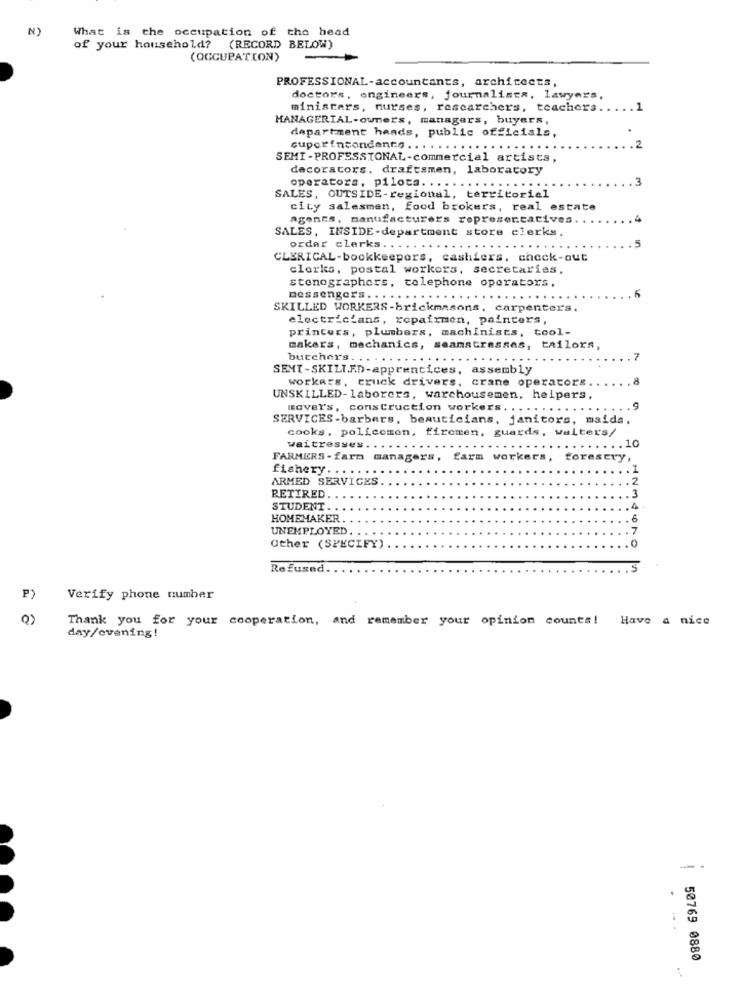
N)
What is the occupation of the head
of your household? (RECORD BELOW)
(OCCUPATION)
PROFESSIONAL-accountants, architects,
doctors, engineers, journalista, lawyers,
ministers, nurses, researchers, teachers
.1
MANAGERIAL-owners, managers, buyers,
department hands, public officials,
cuporincondents ...
.2
SEMI-PROFESSIONAL-commercial artists,
decorators, draftsmen, laboratory
operators, pilota. ...
SALES, OUTSIDE-regional, territorial
city salesmen, food brokers, real estate
agents, manufacturers representatives
SALES, INSIDE-department store clerks.
order clerks.
CLERICAL-bookkeepers, cashiers, check-out
clerks, postal workers, secretaries,
stenographers, telephone operators,
messengers ... . . . . . .
SKILLED WORKERS-brickmasons, carpenters.
electricians, repairmen, painters,
printers, plumbers, machinists, tool-
makers, mechanics, seamstressas, tailors,
SEMI-SKILT.R.D-apprentices, assembly
butchers. .. ...
workers, truck drivers, crane operators
UNSKILLED-laborers, warehousemen, heipers.
mover's, construction workers. .
SERVICES -barbers, beauticians, janitors, maids,
cooks, policemen, firemen, guards, walters/
waitresses.
. . 10
FARMERS -farm managers, farm workers, forestry,
fishery. ...
ARMED SERVICES
2
RETIRED
3
STUDENT . .
HOMEMAKER
. .
UNEMPLOYED.
.7
Other (SPECIFY)
Refused.
.5
P)
Verify phone number
Thank you for your cooperation, and remember your opinion counts! Have a nice
day/evening!
- -
50769 0880